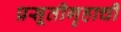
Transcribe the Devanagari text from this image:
प्रसूतीगृहाची